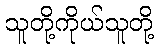
သူတို့ကိုယ်သူတို့